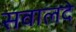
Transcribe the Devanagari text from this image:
सवालदे